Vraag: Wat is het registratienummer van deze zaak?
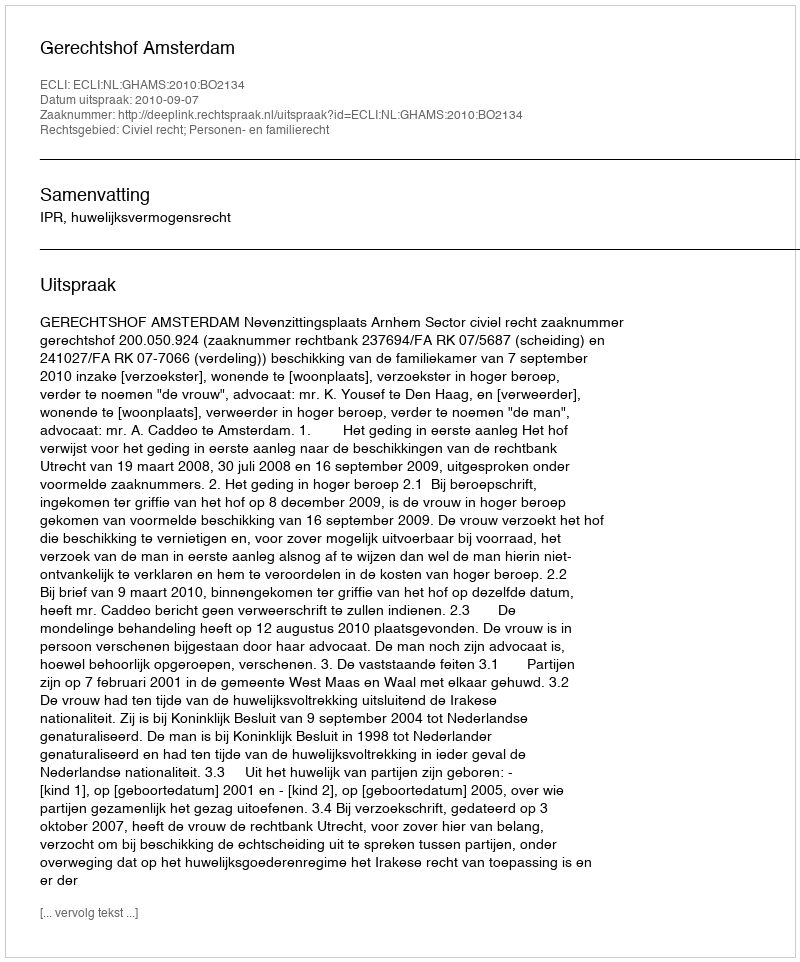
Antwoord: http://deeplink.rechtspraak.nl/uitspraak?id=ECLI:NL:GHAMS:2010:BO2134